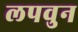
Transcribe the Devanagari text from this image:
लपवुन